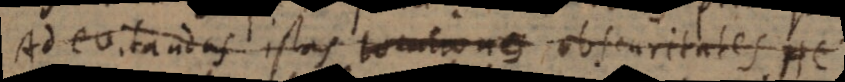
Ad evitandas istas locutiones obscuritates He